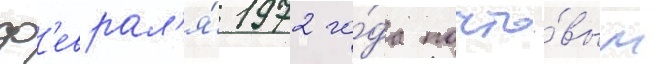
ф'еврал'я́ 1972 го́да почто́вым